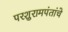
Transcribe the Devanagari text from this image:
परशुरामपंतांचे